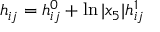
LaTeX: h _ { i j } = h _ { i j } ^ { 0 } + \ln \vert x _ { 5 } \vert h _ { i j } ^ { 1 }